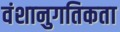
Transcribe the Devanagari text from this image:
वंशानुगतिकता